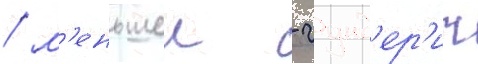
/ м'еньшеи - гунд'ер'ит